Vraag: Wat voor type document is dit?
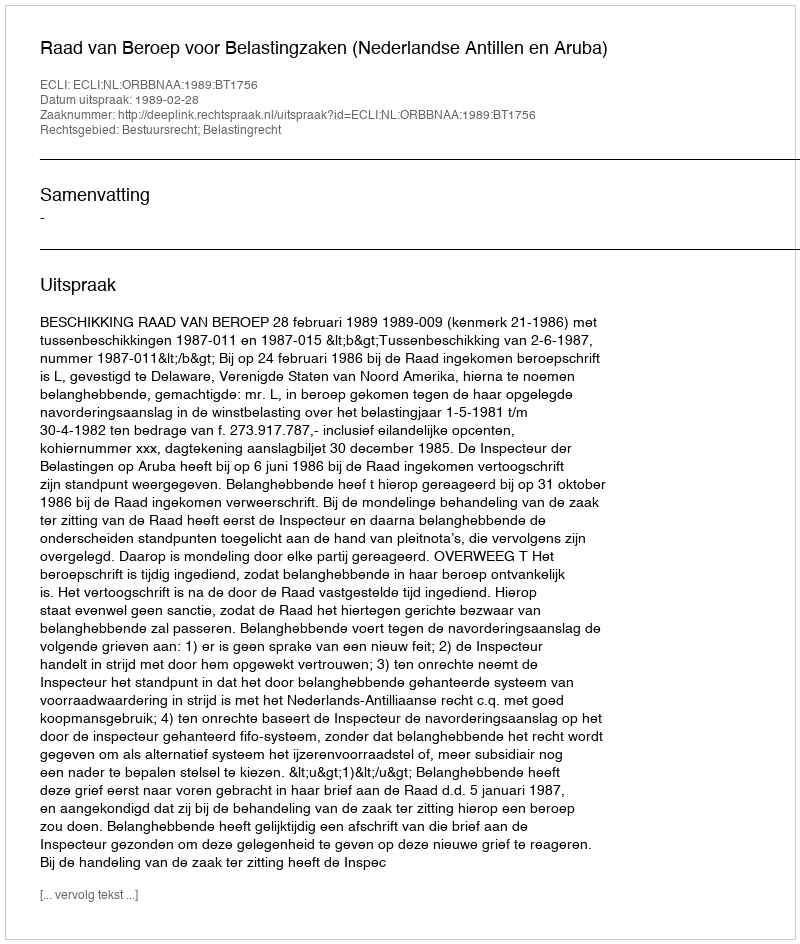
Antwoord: Uitspraak